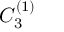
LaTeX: { C } _ { 3 } ^ { ( 1 ) }